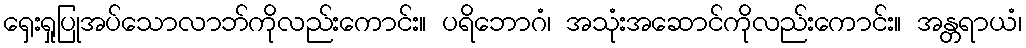
ရှေးရှုပြုအပ်သောလာဘ်ကိုလည်းကောင်း။ ပရိဘောဂံ၊ အသုံးအဆောင်ကိုလည်းကောင်း။ အန္တရာယံ၊